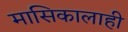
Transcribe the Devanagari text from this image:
मासिकालाही